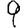
Digit: 9